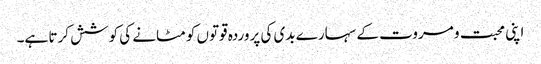
اپنی محبت و مروت کے سہارے بدی کی پروردہ قوتوں کو مٹانے کی کوشش کرتا ہے۔